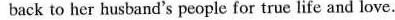
back to her husband's people for true life and love.